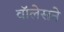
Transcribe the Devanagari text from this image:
वॉलेसने